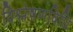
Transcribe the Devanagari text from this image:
विश्लेषणविधि